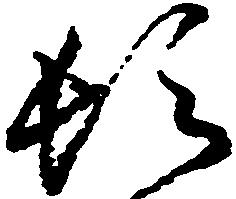
頓